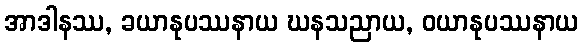
အာဒါနဿ, ခယာနုပဿနာယ ဃနသညာယ, ဝယာနုပဿနာယ